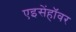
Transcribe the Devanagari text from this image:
एइसेंहॉवर